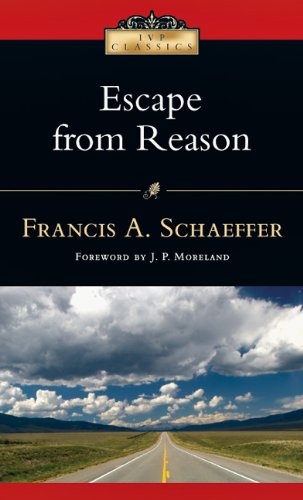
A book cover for Escape from Reason (IVP Classics); Francis A. Schaeffer; Religion & Spirituality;